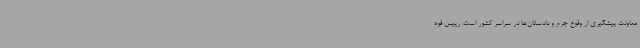
معاونت پیشگیری از وقوع جرم و دادستان‌ها در سراسر کشور است. رییس قوه